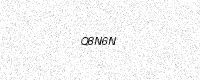
Text: Q8N6N